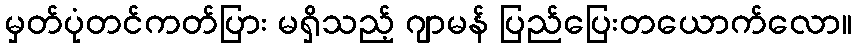
မှတ်ပုံတင်ကတ်ပြား မရှိသည့် ဂျာမန် ပြည်ပြေးတယောက်လော။